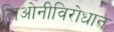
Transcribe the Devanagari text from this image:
लिओनीविरोधात